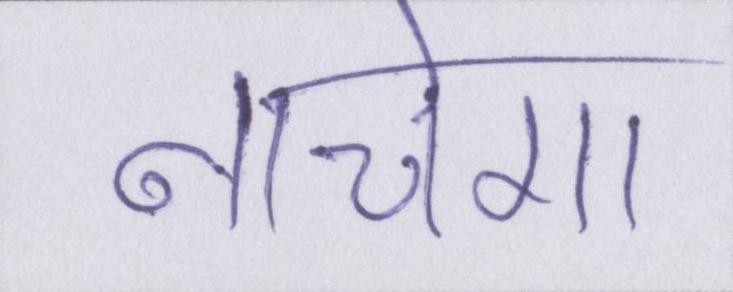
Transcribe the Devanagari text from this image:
नाचेगा